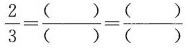
$$\frac{2}{3}= \frac{()}{()}= \frac{()}{()}$$